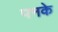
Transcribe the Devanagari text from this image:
पनके